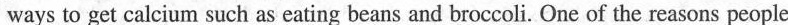
ways to get calcium such as eating beans and broccoli. One of the reasons people